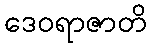
ဒေဝရာဇာတိ